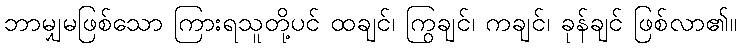
ဘာမျှမဖြစ်သော ကြားရသူတို့ပင် ထချင်၊ ကြွချင်၊ ကချင်၊ ခုန်ချင် ဖြစ်လာ၏။